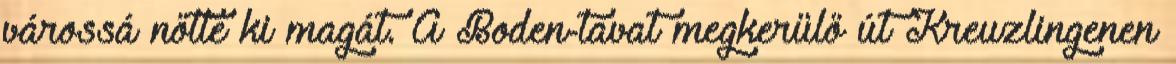
várossá nőtte ki magát. A Boden-tavat megkerülő út Kreuzlingenen